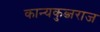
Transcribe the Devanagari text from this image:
कान्यकुब्जराज